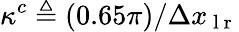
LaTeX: \kappa^{c}\triangleq(0.65\pi)/\Delta x_{\mathrm{~l~r~}}